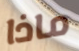
ماذا